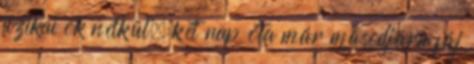
fizikai ok nélkül, két nap óta már másodjára fáj